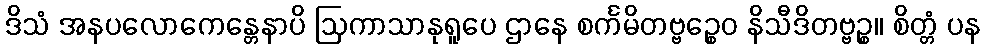
ဒိသံ အနပလောကေန္တေနာပိ ဩကာသာနုရူပေ ဌာနေ စင်္ကမိတဗ္ဗဉ္စေဝ နိသီဒိတဗ္ဗဉ္စ။ စိတ္တံ ပန